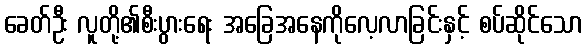
ခေတ်ဦး လူတို့၏စီးပွားရေး အခြေအနေကိုလေ့လာခြင်းနှင့် စပ်ဆိုင်သော